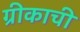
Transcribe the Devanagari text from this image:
ग्रीकाची